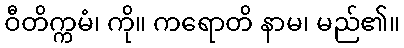
ဝီတိက္ကမံ၊ ကို။ ကရောတိ နာမ၊ မည်၏။